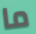
ما